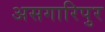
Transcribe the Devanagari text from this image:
असगारिपुर